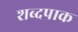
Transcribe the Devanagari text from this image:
शब्दपाक